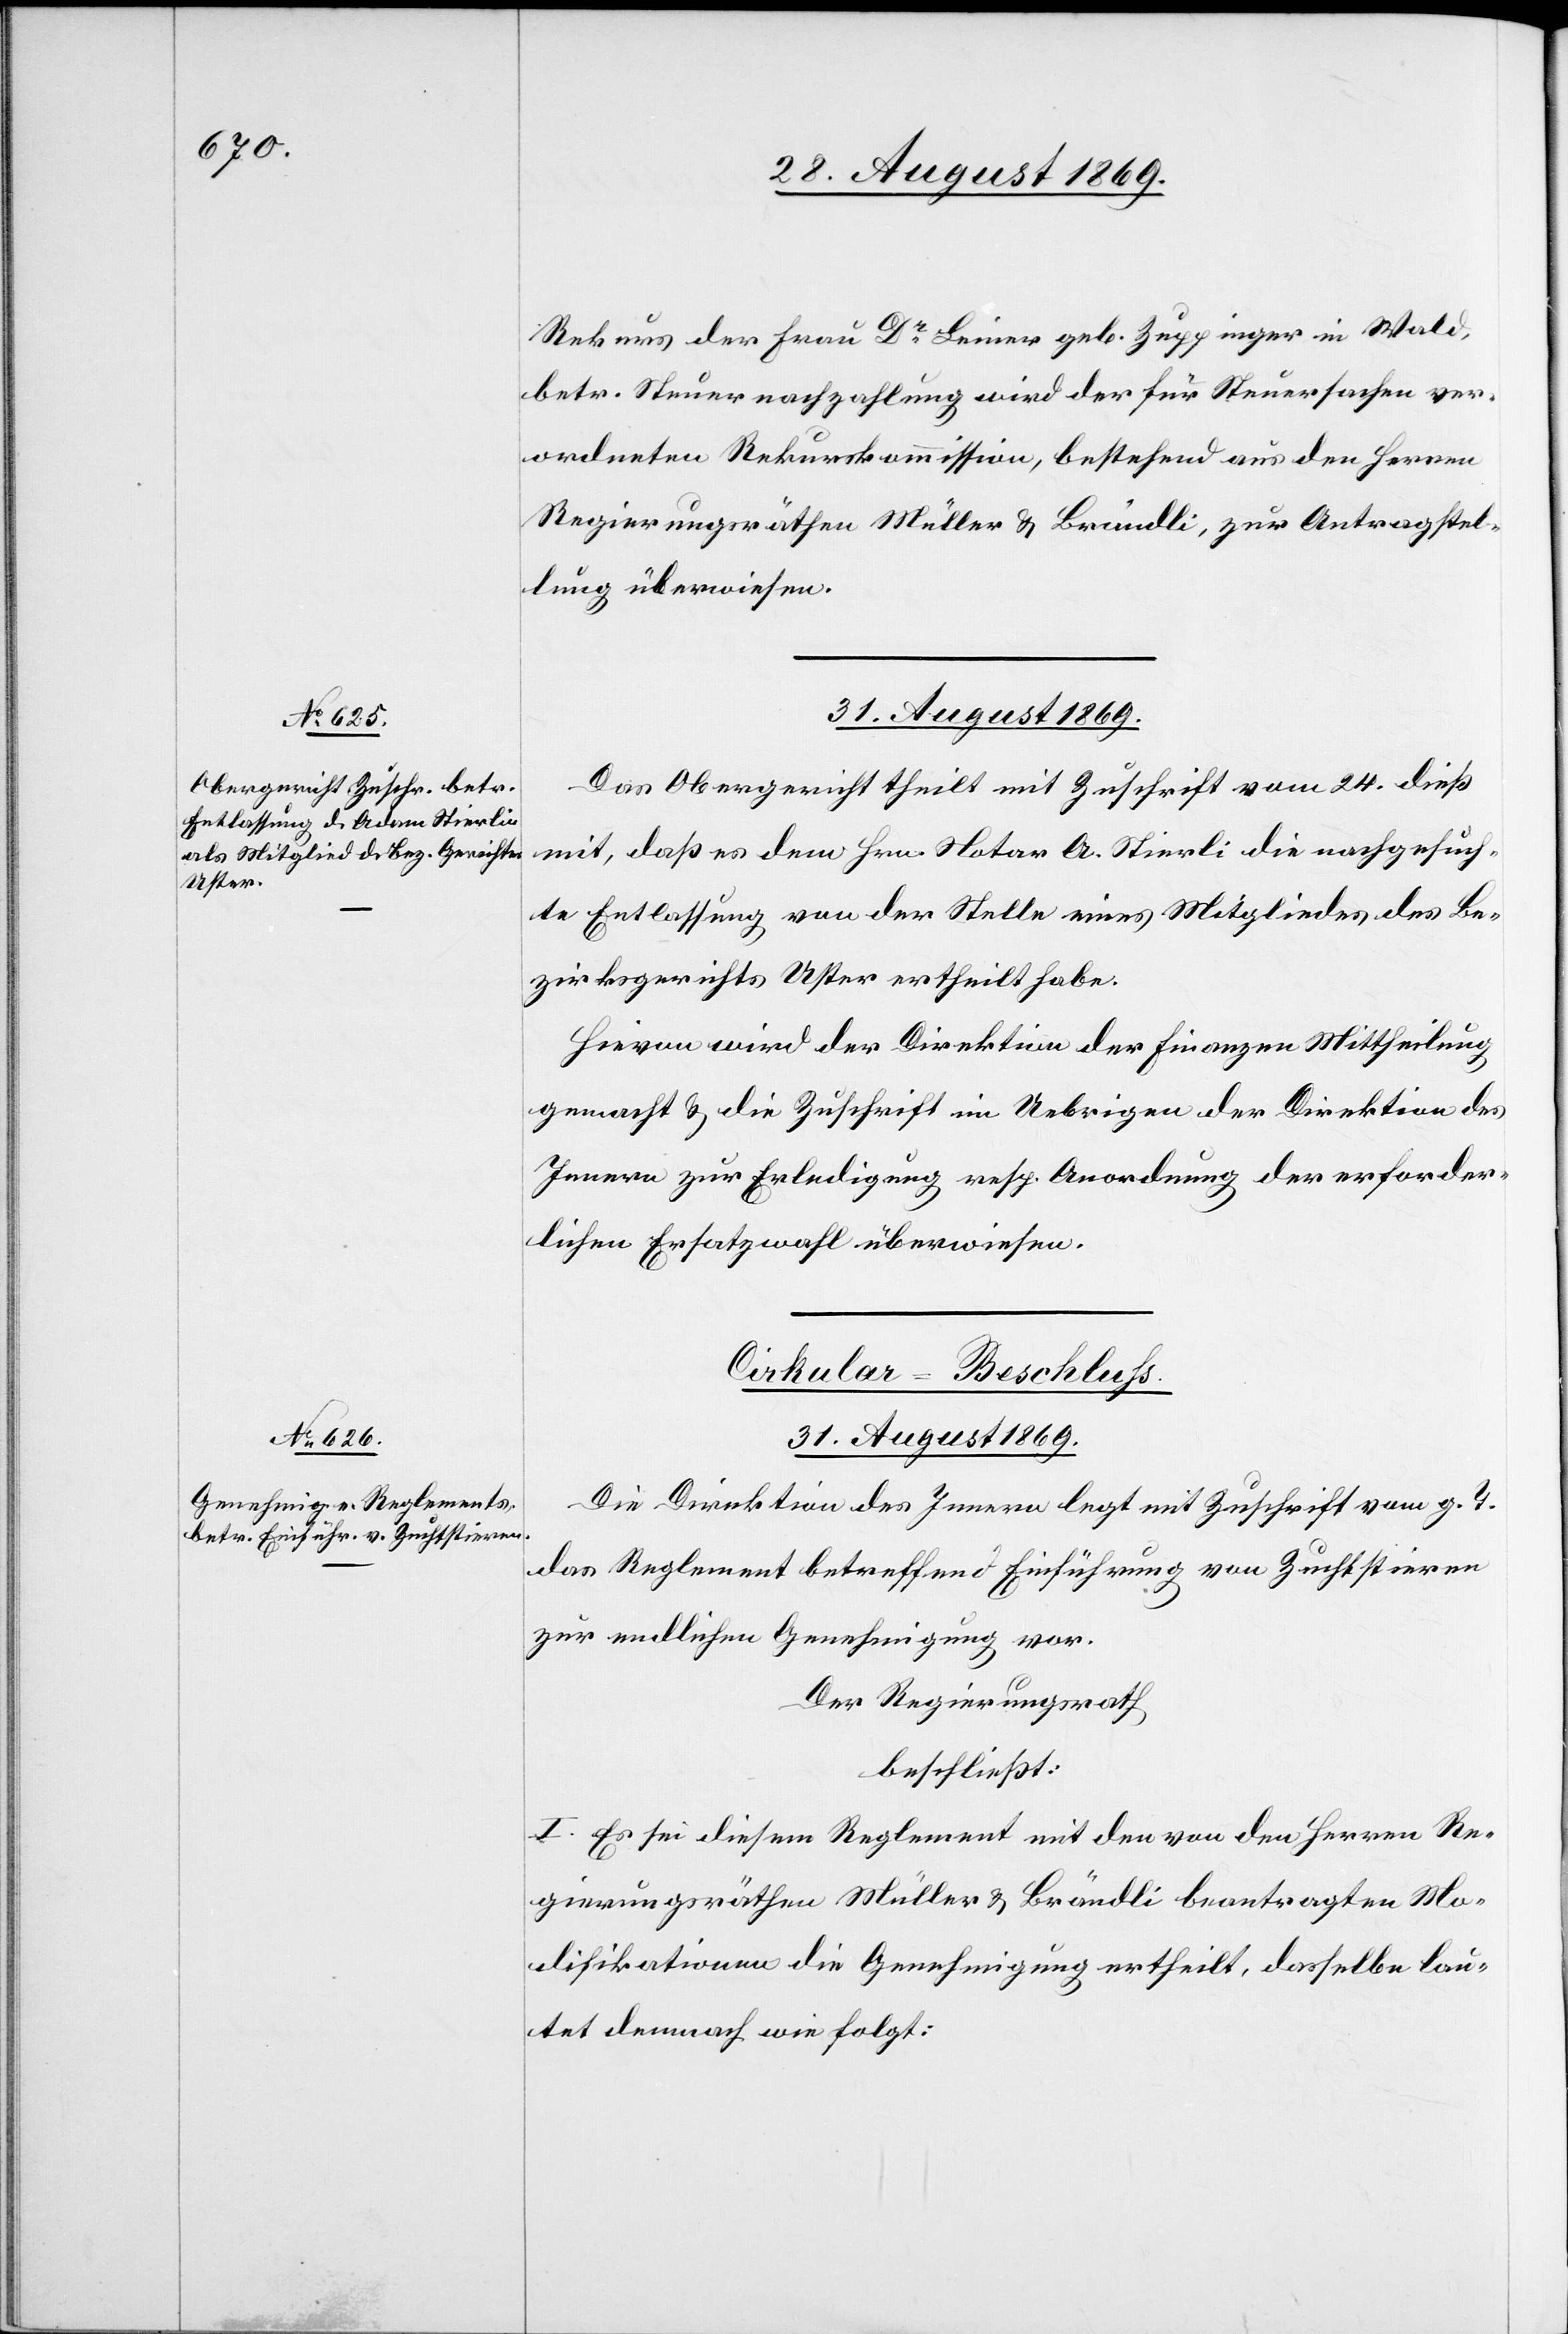
Rekurs der Frau Dr Leiner geb. Zuppinger in Wald,
betr. Steuernachzahlung wird der für Steuersachen ver¬
ordneten Rekurskommission, bestehend aus den Herren
Regierungsräthen Müller & Brändli, zur Antragstel¬
lung überweisen.
31. August 1869.
Das Obergericht theilt mit Zuschrift vom 24. dieß
mit, daß es dem Hrn. Notar A. Stierli [sic!] die nachgesuch¬
te Entlassung von der Stelle eines Mitgliedes des Be¬
zirksgerichts Uster ertheilt habe.
Hievon wird der Direktion der Finanzen Mittheilung
gemacht & die Zuschrift im Uebrigen der Direktion des
Innern zur Erledigung resp. Anordnung der erforder¬
lichen Ersatzwahl überwiesen.
Cirkular-Beschluss.
31. August 1869.
Die Direktion des Innern legt mit Zuschrift vom g. T.
das Reglement betreffend Einführung von Zuchtstieren
zur endlichen Genehmigung vor.
Der Regierungsrath
beschließt:
I. Es sei diesem Reglement mit den von den Herren Re¬
gierungsräthen Müller & Brändli beantragten Mo¬
difikationen die Genehmigung ertheilt, dasselbe lau¬
tet demnach wie folgt: